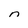
Character: n